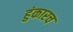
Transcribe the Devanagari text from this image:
हुंकारच